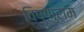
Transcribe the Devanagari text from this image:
विष्णुराम